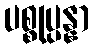
ပစ္စုပ္ပန္နာ